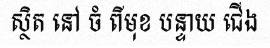
ស្ថិត នៅ ចំ ពីមុខ បន្ទាយ ជើង